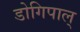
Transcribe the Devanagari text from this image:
डोगिपाल्